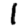
Digit: 1